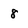
Character: 8